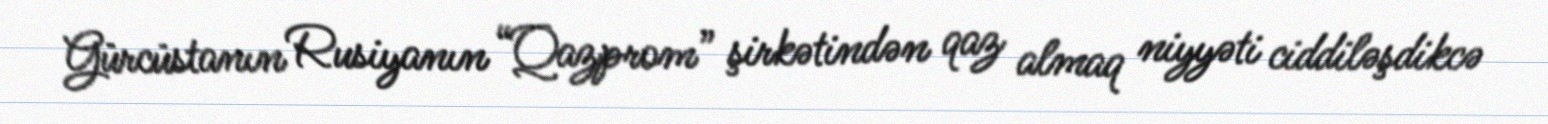
Gürcüstanın Rusiyanın “Qazprom” şirkətindən qaz almaq niyyəti ciddiləşdikcə